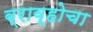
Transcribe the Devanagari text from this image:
ब्राव्होचा